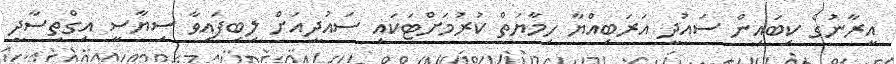
އީރާނުގެ ކިބައިން ސައުދީ އަރަބިއްޔާ ހިމާޔަތް ކުރުމަށްޓަކައި ސައުދީއަށް ލިބިފައިވާ ސިޔާސީ އިގްތިސާދީ